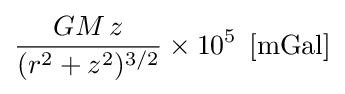
{GM\,z \over (r^{2}+z^{2})^{3/2}}\times 10^{5}\;\left[{\text{mGal}}\right]